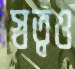
স্বত্বও